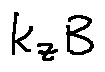
k _ { z } B